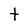
Character: t